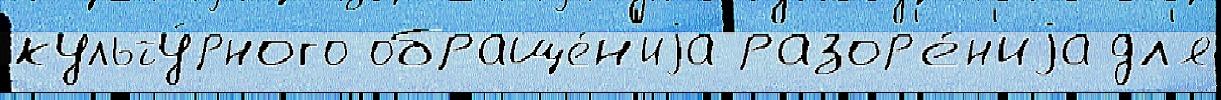
культу́рного обраще́н'иjа разор'е́н'иjа дл'я